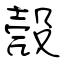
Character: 殼